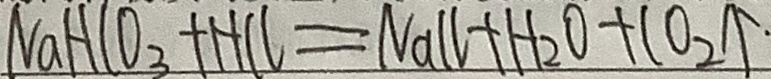
N a H C O _ { 3 } + H C l = N a C l + H _ { 2 } O + C O _ { 2 } \uparrow